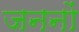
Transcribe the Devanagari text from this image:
जननों